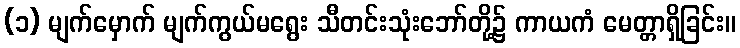
(၁) မျက်မှောက် မျက်ကွယ်မရွေး သီတင်းသုံးဘော်တို့၌ ကာယကံ မေတ္တာရှိခြင်း။